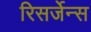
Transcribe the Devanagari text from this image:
रिसर्जेन्स